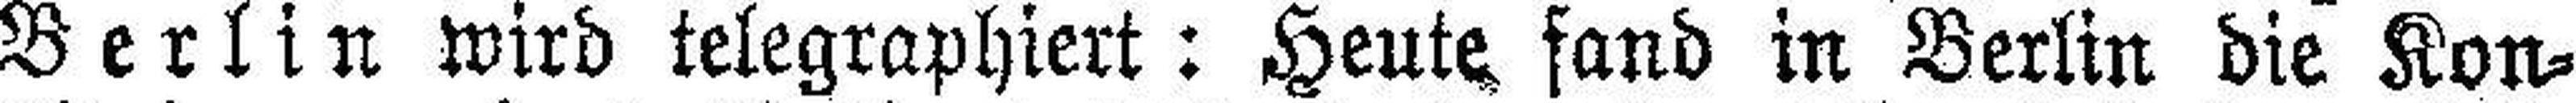
Berlin wird telegraphiert: Heute fand in Berlin die Kon¬